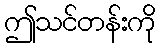
ဤသင်တန်းကို